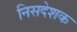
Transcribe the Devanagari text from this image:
निसदेशक